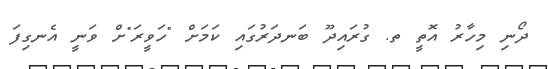
ދޯނި މިހާރު އޮތީ ތ. ގުރައިދޫ ބަނދަރުގައި ކަމަށް "ހަވީރަ"ށް ވަނީ އެނގިފަ